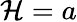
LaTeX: \mathcal{H}=a